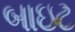
બાઇટ